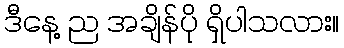
ဒီနေ့ ည အချိန်ပို ရှိပါသလား။